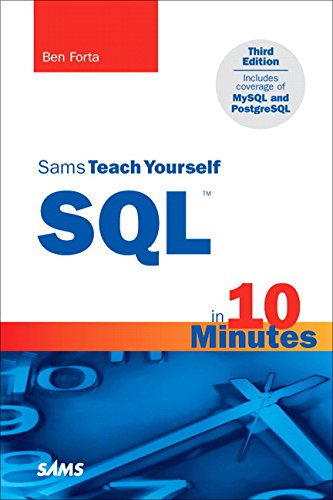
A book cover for Sams Teach Yourself SQL in 10 Minutes (3rd Edition); Ben Forta; Computers & Technology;